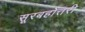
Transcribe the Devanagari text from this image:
सूरबहोत्तरी